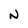
Character: N